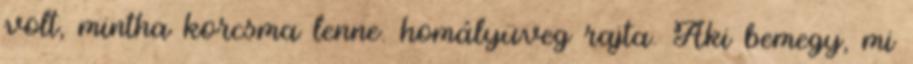
volt, mintha korcsma lenne. homályüveg rajta. Aki bemegy, mi